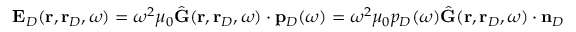
\begin{array} { r } { \mathbf { E } _ { D } ( \mathbf { r } , \mathbf { r } _ { D } , \omega ) = \omega ^ { 2 } \mu _ { 0 } \hat { \mathbf { G } } ( \mathbf { r } , \mathbf { r } _ { D } , \omega ) \cdot \mathbf { p } _ { D } ( \omega ) = \omega ^ { 2 } \mu _ { 0 } p _ { D } ( \omega ) \hat { \mathbf { G } } ( \mathbf { r } , \mathbf { r } _ { D } , \omega ) \cdot \mathbf { n } _ { D } \, } \end{array}